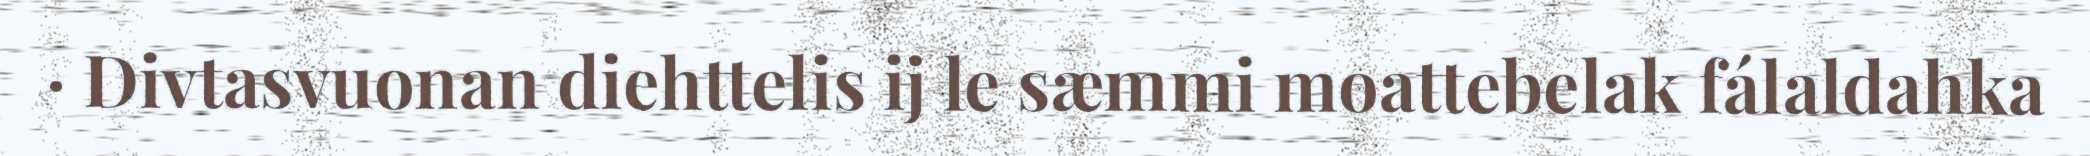
· Divtasvuonan diehttelis ij le sæmmi moattebelak fálaldahka